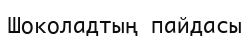
Шоколадтың пайдасы